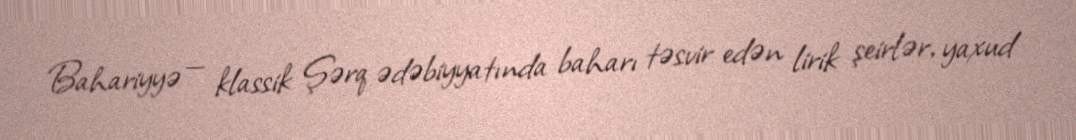
Bahariyyə — klassik Şərq ədəbiyyatında baharı təsvir edən lirik şeirlər, yaxud